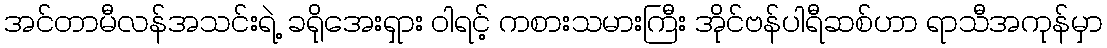
အင်တာမီလန်အသင်းရဲ့ ခရိုအေးရှား ဝါရင့် ကစားသမားကြီး အိုင်ဗန်ပါရီဆစ်ဟာ ရာသီအကုန်မှာ